Lunatic asylums Punjab 1911-1921 - 1911-1921
Year: 1911
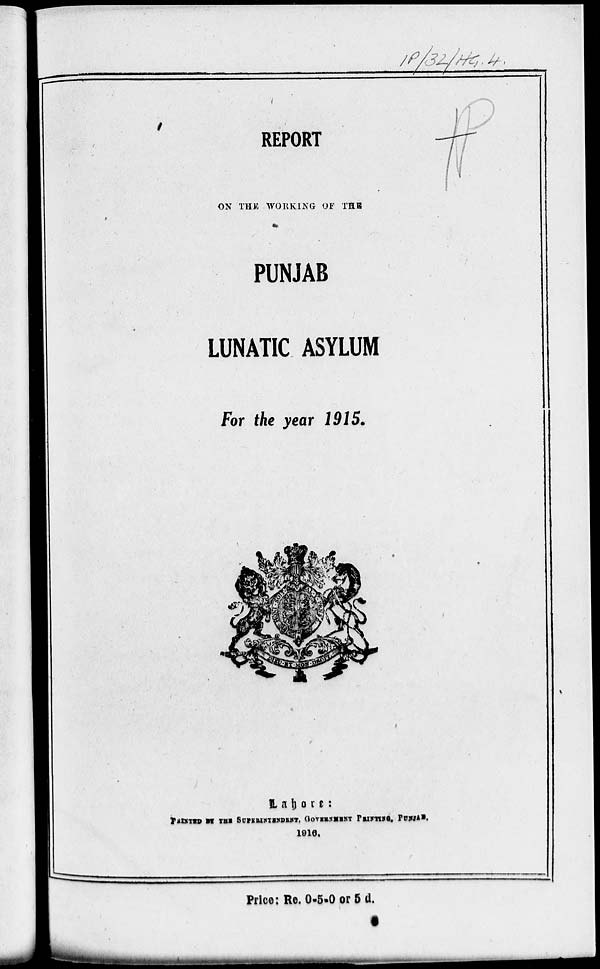
REPORT
ON THE WORKING OF THE
PUNJAB
LUNATIC ASYLUM
For the year 1915.
Lahore:
PRINTED BY THE SUPERINTENDENT, GOVERNMENT PRINTING, PUNJAB.
1916.
Price: Re. 0-5-0 or 5 d.